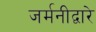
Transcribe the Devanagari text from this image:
जर्मनीद्वारे